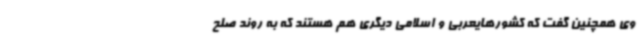
وی همچنین گفت که کشورهایعربی و اسلامی دیگری هم هستند که به روند صلح